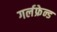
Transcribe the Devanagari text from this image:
गर्लफ्रेन्ड